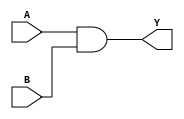
module And(
    input [3:0] A, 
    input [3:0] B, 
    output [3:0] Y
);
assign Y = A & B;
endmodule